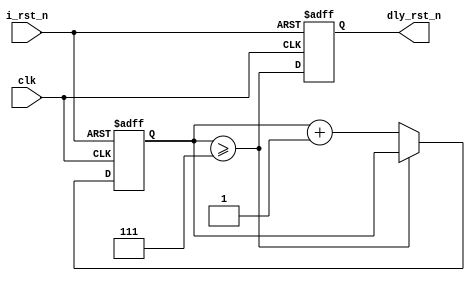
// This program was cloned from: https://github.com/intel/aib-phy-hardware
// License: Apache License 2.0

// SPDX-License-Identifier: Apache-2.0
// Copyright (C) 2019 Intel Corporation. All rights reserved
//****************************************************************************************
// 2011 Altera Corporation. All rights reserved.
//
//****************************************************************************************

//---------------------------------------------------------------------------------------
// Description: delay the de-assertion edge of reset by parameterized delay. 
//              there is no delay for the assertion edge of reset. 
//              When reset is de-asserted, an internal counter counts up. When it counts
//              to parameter value, dly_rst_n is de-asserted.
//             
//---------------------------------------------------------------------------------------

module altr_hps_cyc_dly
  (
    input wire 				     clk,
    input wire 				     i_rst_n,          
    output reg 				     dly_rst_n			     
   );
   
   parameter DLY  = 'd8;
   // counter size:
   // counter counts from 0 to DLY-1, then saturates. minimum size should cover DLY-1.
   // To be safe, counter size can cover DLY in case there is one run-over. 
   // e.g.: DLY = 2, counter size = 2 (instead of 1). DLY = 3, size = 3 (instead of 2) ; 
   // DLY =3~6, size =3. DLY=7~14, size=4... 
   //    
   parameter CNT_WIDTH = DLY > 'd1022 ? 'd11 :
			 DLY > 'd510 ?  'd10 :
			 DLY > 'd254 ?  'd9 :
			 DLY > 'd126 ? 'd8 :
			 DLY > 'd62 ? 'd7 :
			 DLY > 'd30 ? 'd6 :
			 DLY > 'd14 ? 'd5 :
			 DLY > 'd6 ? 'd4 :
			 DLY > 'd2 ? 'd3 :
			 DLY > 'd1 ? 'd2 :
			 'd1;

`ifdef ALTR_HPS_SIMULATION
initial // check parameters
 begin

  if( DLY > 'd2046)
   begin
    $display("ERROR : %m : DELAY parameter is too big , MAX Value is 2046.");
    $finish;
   end
 
 if( DLY == 'd0)
   begin
    $display("ERROR : %m : DELAY parameter is 0, no need to instantiate this cell.");
    $finish;
   end

 end
`endif

   reg [CNT_WIDTH-1:0]  dly_cntr;
   wire 		cntr_reached = (dly_cntr >= (DLY-'d1));
   
   
   always @(posedge clk or negedge i_rst_n)
     if (!i_rst_n) begin
	/*AUTORESET*/
	// Beginning of autoreset for uninitialized flops
	dly_cntr <= {(1+(CNT_WIDTH-1)){1'b0}};
	dly_rst_n <= 1'h0;
	// End of automatics
     end
     else begin
	dly_cntr <= cntr_reached ? 
		    dly_cntr :
		    dly_cntr + { {CNT_WIDTH-1{1'b0}}, 1'b1 };
	dly_rst_n <= cntr_reached;	
     end

endmodule